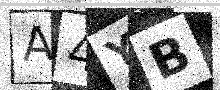
Text: A4YB